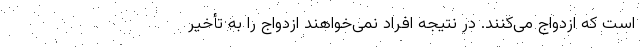
است که ازدواج می‌کنند. در نتیجه افراد نمی‌خواهند ازدواج را به تأخیر